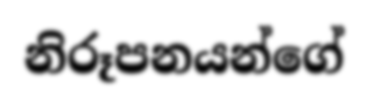
නිරූපනයන්ගේ